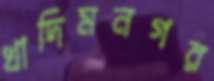
খাদিমনগর